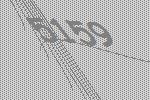
5159